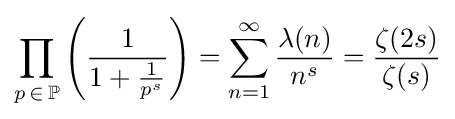
\prod _{p\,\in \,\mathbb {P} }\left({\frac {1}{1+{\frac {1}{p^{s}}}}}\right)=\sum _{n=1}^{\infty }{\frac {\lambda (n)}{n^{s}}}={\frac {\zeta (2s)}{\zeta (s)}}